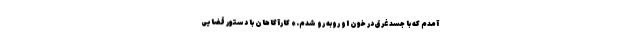
آمدم که با جسد غرق در خون او روبه‌ رو شدم.» کارآگاهان با دستور قضایی